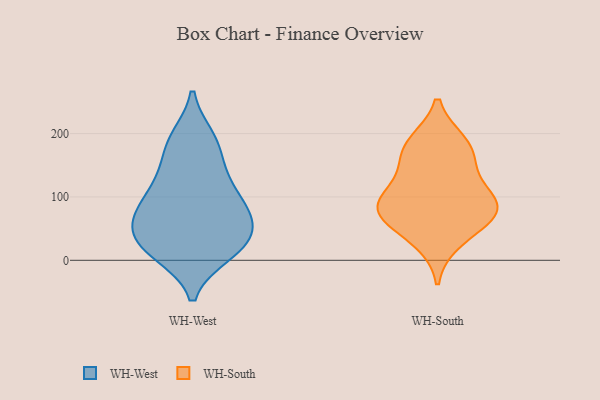
{"axis": {"x": "Population (Million)", "y": "Value"}, "legend": ["WH-South", "WH-West"], "data": [{"x": "", "y": 51, "type": "WH-West"}, {"x": "", "y": 11, "type": "WH-West"}, {"x": "", "y": 79, "type": "WH-West"}, {"x": "", "y": 124, "type": "WH-West"}, {"x": "", "y": 41, "type": "WH-West"}, {"x": "", "y": 21, "type": "WH-West"}, {"x": "", "y": 74, "type": "WH-West"}, {"x": "", "y": 58, "type": "WH-West"}, {"x": "", "y": 18, "type": "WH-West"}, {"x": "", "y": 78, "type": "WH-West"}, {"x": "", "y": 189, "type": "WH-West"}, {"x": "", "y": 170, "type": "WH-West"}, {"x": "", "y": 192, "type": "WH-West"}, {"x": "", "y": 128, "type": "WH-West"}, {"x": "", "y": 105, "type": "WH-West"}, {"x": "", "y": 17, "type": "WH-West"}, {"x": "", "y": 30, "type": "WH-South"}, {"x": "", "y": 79, "type": "WH-South"}, {"x": "", "y": 137, "type": "WH-South"}, {"x": "", "y": 73, "type": "WH-South"}, {"x": "", "y": 186, "type": "WH-South"}, {"x": "", "y": 59, "type": "WH-South"}, {"x": "", "y": 183, "type": "WH-South"}, {"x": "", "y": 92, "type": "WH-South"}, {"x": "", "y": 101, "type": "WH-South"}, {"x": "", "y": 86, "type": "WH-South"}, {"x": "", "y": 162, "type": "WH-South"}]}